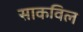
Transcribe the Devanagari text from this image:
साकविल